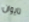
تايوان